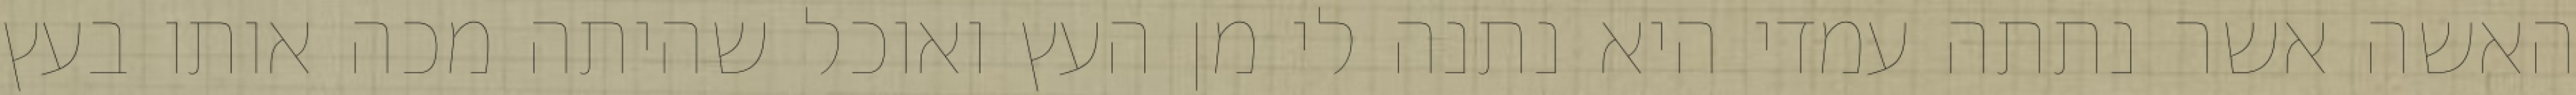
האשה אשר נתתה עמדי היא נתנה לי מן העץ ואוכל שהיתה מכה אותו בעץ